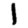
Digit: 1